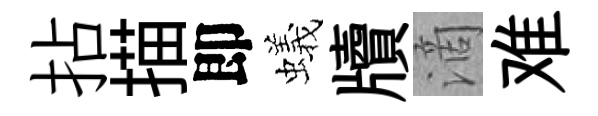
拈描即蟻牘滴难